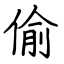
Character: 偷